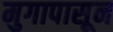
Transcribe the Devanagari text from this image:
मुगापासून